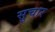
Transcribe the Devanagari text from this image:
सुचार